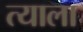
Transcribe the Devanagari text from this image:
त्‍याला